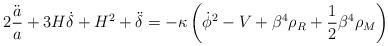
LaTeX: \begin{align*} 2\frac{\ddot{a}}{a}+3H\dot{\delta}+H^2+\ddot{\delta}=- \kappa \left(\dot{\phi}^2 -V +\beta^4 \rho_R +{1\over 2} \beta^4 \rho_M \right)\end{align*}